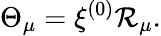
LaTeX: \Theta_{\mu}=\xi^{(0)}{\cal R}_{\mu}.